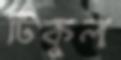
টিকুল